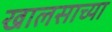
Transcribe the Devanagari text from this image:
खालसाच्या